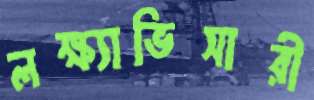
লক্ষ্যাভিসারী